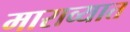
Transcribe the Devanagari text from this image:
माराव्यात